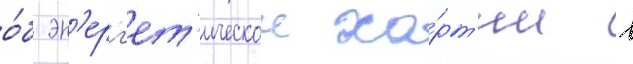
о́б эн'ерг'ет'ическои ха́рт'ии в